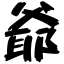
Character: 爺